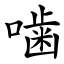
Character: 噛